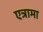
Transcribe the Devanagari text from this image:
एत्रामा